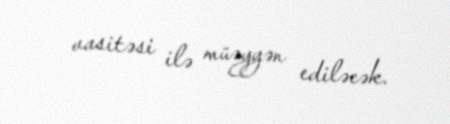
vasitəsi ilə müəyyən ediləcək.